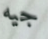
جيه